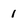
Character: 1